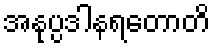
အနုပ္ပဒါနရတောတိ